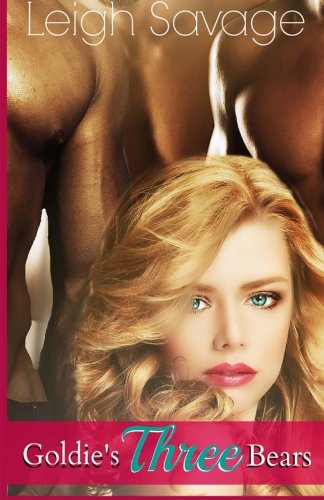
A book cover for Goldi's Three Bears; Leigh Savage; Romance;